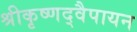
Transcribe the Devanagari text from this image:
श्रीकृष्णद्वैपायन